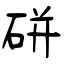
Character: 硑